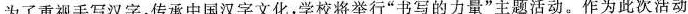
为了重视手写汉字，传承中国汉字文化，学校将举行”书写的力量”主题活动。作为此次活动